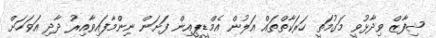
ޝިފާޒް ވިދާޅުވީ މަގުމަތީ ހަރަކާތްތައް އަލުން އެމްޑީޕީއިން ފަށަން ނިންމާފައިވާއިރު ދާދި އަވަހަށް